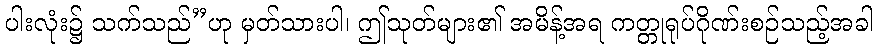
ပါးလုံး၌ သက်သည်”ဟု မှတ်သားပါ၊ ဤသုတ်များ၏ အမိန့်အရ ကတ္တုရုပ်ဂိုဏ်းစဉ်သည့်အခါ